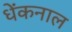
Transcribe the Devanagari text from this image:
धेंकनाल